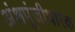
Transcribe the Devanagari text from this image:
अंशपूंजीधारक